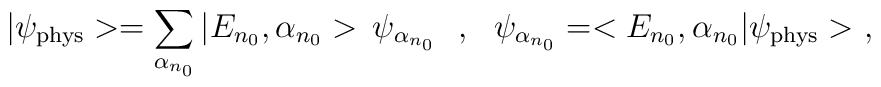
|\psi_{\rm phys}>=\sum_{\alpha_{n_0}}|E_{n_0},\alpha_{n_0}>\,\psi_{\alpha_{n_0}}\ \ ,\ \ \psi_{\alpha_{n_0}}=<E_{n_0},\alpha_{n_0}|\psi_{\rm phys}>\ ,